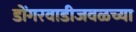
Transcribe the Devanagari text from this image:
डोंगरवाडीजवळच्या